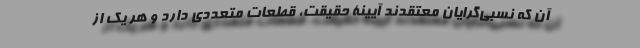
آن که نسبی‌گرایان معتقدند آیینۀ حقیقت، قطعات متعددی دارد و هر یک از